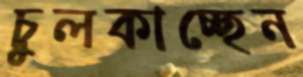
চুলকাচ্ছেন